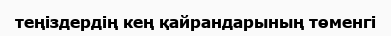
теңіздердің кең қайрандарының төменгі